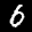
Label: 6